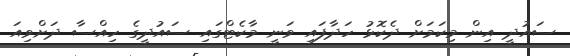
ސައުދީ އިން މިކަމަށް ދެކޮޅު ހަދާފައި ވަނީ މާކެޓްގައި ސައުދީގެ ހިއްސާ ދަށްވިއަ